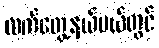
လက်တွေ့နယ်ပယ်တွင်